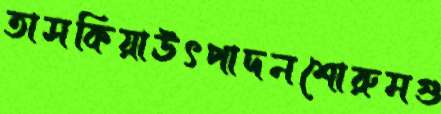
তাসকিয়াঊৎপাদনশোরুমগু